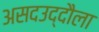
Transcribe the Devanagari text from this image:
असदउद्दौला